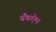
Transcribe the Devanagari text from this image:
बैंकऐम